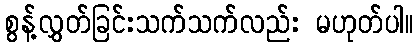
စွန့်လွှတ်ခြင်းသက်သက်လည်း မဟုတ်ပါ။